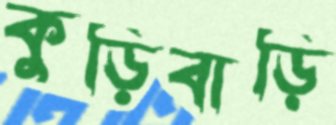
কুড়িবাড়ি